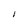
Character: I